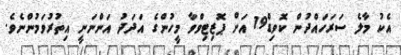
އެކު މާލެ ސަރަހައްދުން ކޮވިޑް19 އަށް ޕޮޒިޓިވްވާ މީހުންގެ އަދަދު އަންނަނީ އިތުރުވަމުންނެވެ.